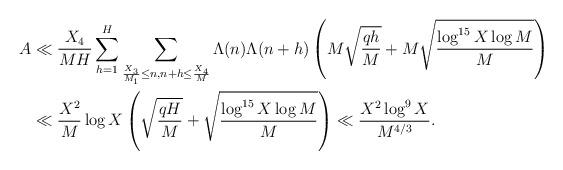
LaTeX: \begin{align*}A &\ll \frac{X_4}{MH} \sum_{h=1}^H \sum_{\frac{X_3}{M_1} \leq n, n+h \leq \frac{X_4}{M}} \Lambda(n) \Lambda(n+h) \left( M \sqrt{\frac{qh}{M}} + M \sqrt{\frac{\log^{15} X \log M}{M}}\right) \\&\ll \frac{X^2}{M} \log X \left( \sqrt{\frac{qH}{M}} + \sqrt{\frac{\log^{15} X \log M}{M}}\right) \ll \frac{X^2 \log^9 X}{M^{4/3}}.\end{align*}